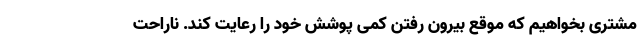
مشتری بخواهیم که موقع بیرون رفتن کمی پوشش خود را رعایت کند. ناراحت